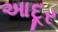
આદૂર